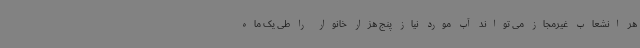
هر انشعاب غیرمجاز می تواند آب مورد نیاز پنج هزار خانوار را طی یک ماه